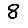
Digit: 8